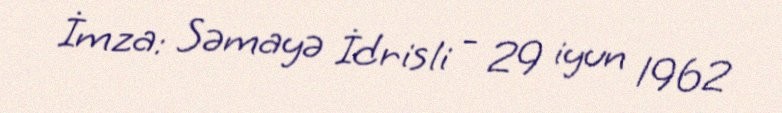
İmza: Səmayə İdrisli - 29 iyun 1962